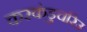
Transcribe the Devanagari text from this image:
करकंडुचरिउ